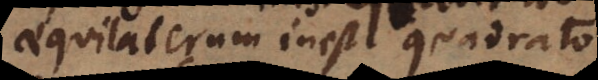
aequilaterum inest quadrato